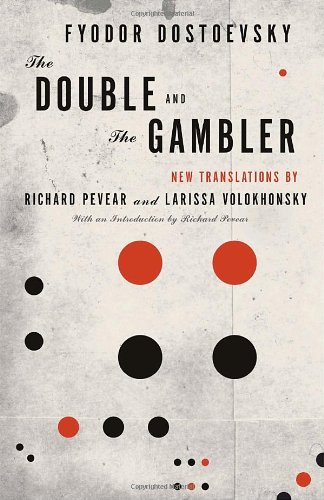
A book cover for The Double and The Gambler (Vintage Classics); Fyodor Dostoevsky; Literature & Fiction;